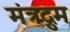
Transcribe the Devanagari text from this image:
मंत्रद्रुम